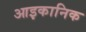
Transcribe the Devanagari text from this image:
आइकानिक